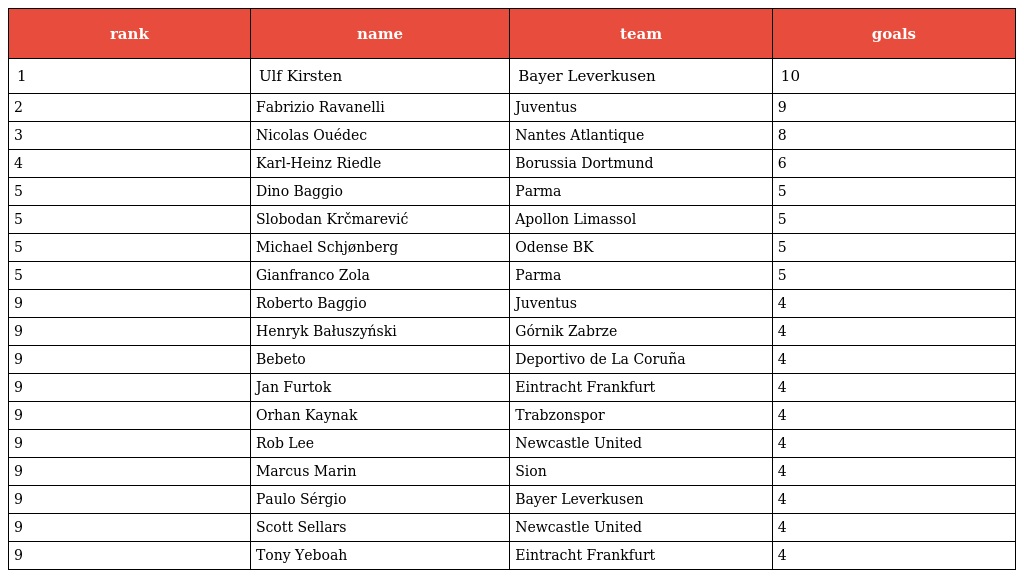
| rank | name | team | goals |
 | --- | --- | --- | --- |
 | 1 | Ulf Kirsten | Bayer Leverkusen | 10 |
 | 2 | Fabrizio Ravanelli | Juventus | 9 |
 | 3 | Nicolas Ouédec | Nantes Atlantique | 8 |
 | 4 | Karl-Heinz Riedle | Borussia Dortmund | 6 |
 | 5 | Dino Baggio | Parma | 5 |
 | 5 | Slobodan Krčmarević | Apollon Limassol | 5 |
 | 5 | Michael Schjønberg | Odense BK | 5 |
 | 5 | Gianfranco Zola | Parma | 5 |
 | 9 | Roberto Baggio | Juventus | 4 |
 | 9 | Henryk Bałuszyński | Górnik Zabrze | 4 |
 | 9 | Bebeto | Deportivo de La Coruña | 4 |
 | 9 | Jan Furtok | Eintracht Frankfurt | 4 |
 | 9 | Orhan Kaynak | Trabzonspor | 4 |
 | 9 | Rob Lee | Newcastle United | 4 |
 | 9 | Marcus Marin | Sion | 4 |
 | 9 | Paulo Sérgio | Bayer Leverkusen | 4 |
 | 9 | Scott Sellars | Newcastle United | 4 |
 | 9 | Tony Yeboah | Eintracht Frankfurt | 4 |